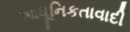
આધૂનિકતાવાદી